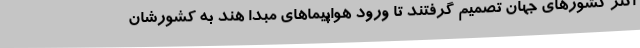
اکثر کشورهای جهان تصمیم گرفتند تا ورود هواپیماهای مبدا هند به کشورشان